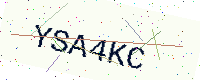
Text: YSA4KC